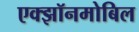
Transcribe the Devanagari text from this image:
एक्झॉनमोबिल